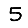
Digit: 5